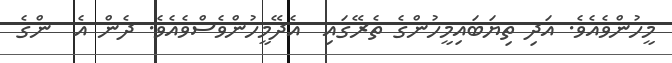
މީހުންވެއެވެ. އަދި ތިޔަބައިމީހުންގެ ތެރޭގައި  އެދޭމީހުންވެސްވެއެވެ. ދެން އެ  ންގެ